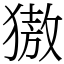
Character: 獓